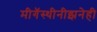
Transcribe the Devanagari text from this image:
मीगॅस्थीनीझनेही